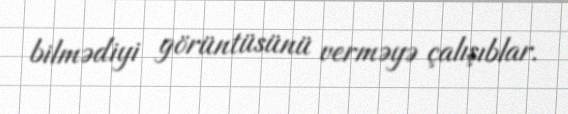
bilmədiyi görüntüsünü verməyə çalışıblar.